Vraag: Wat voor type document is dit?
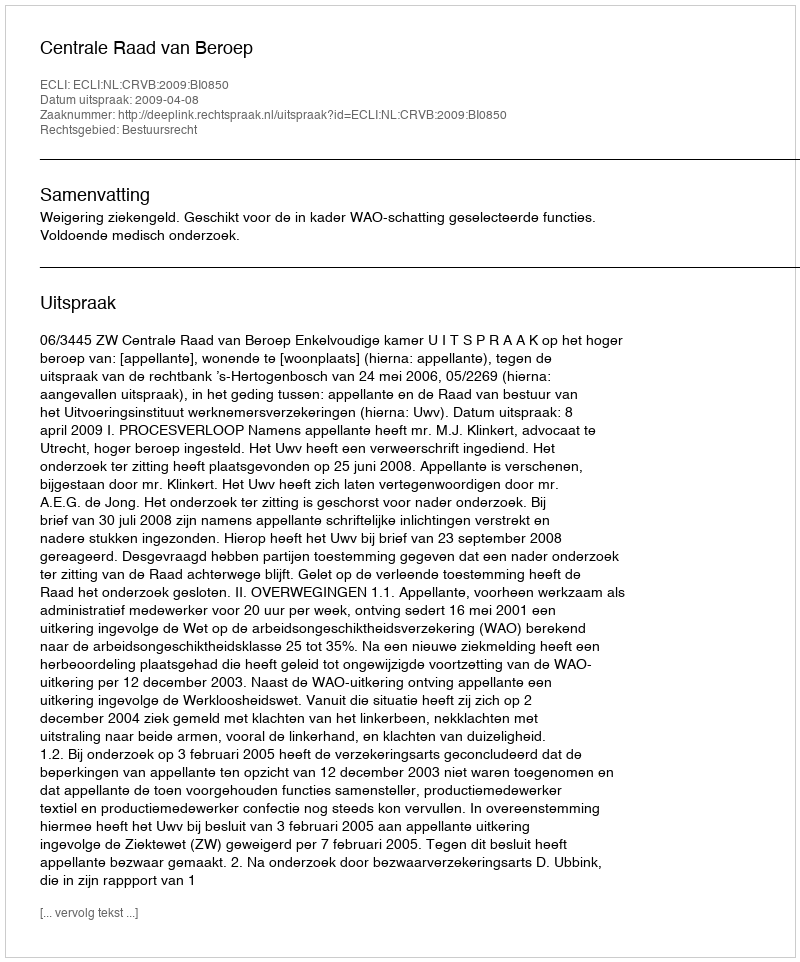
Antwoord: Uitspraak